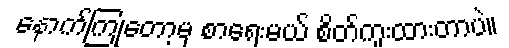
နောက်ကြုံတော့မှ စာရေးမယ် စိတ်ကူးထားတာပဲ။